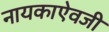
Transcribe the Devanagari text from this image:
नायकाऐवजी